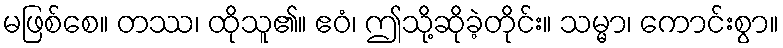
မဖြစ်စေ။ တဿ၊ ထိုသူ၏။ ဧဝံ၊ ဤသို့ဆိုခဲ့တိုင်း။ သမ္မာ၊ ကောင်းစွာ။